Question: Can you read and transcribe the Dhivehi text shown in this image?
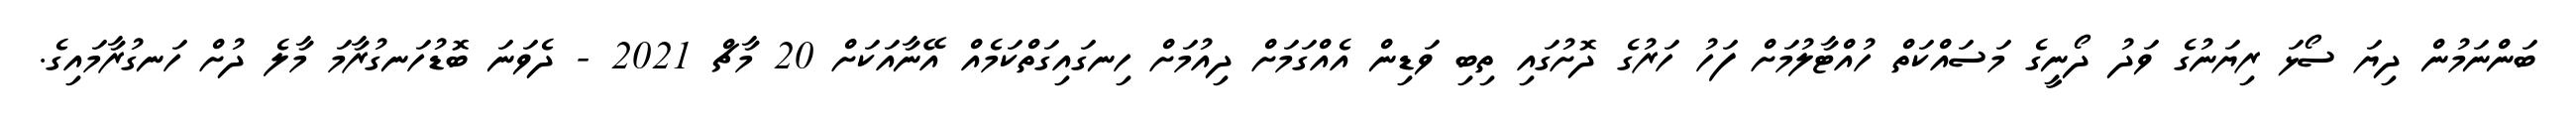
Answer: ބަންނަމުން ދިޔަ ސޯޅަ ރިޔަނުގެ ވަދު ދޯނީގެ މަސައްކަތް ހުއްޓާލުމަށް ފަހު ހަރުގެ ދޮށުގައި ތިބި ވަޑިން އެއްގަމަށް ދިއުމަށް ހިނގައިގަތްކަމެއް އޭނާއަކަށް 20 މާޗް 2021 - ދެވަނަ ބޮޑުހަނގުރާމަ މާލެ ދުށް ހަނގުރާމައިގެ.